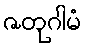
ဇတုဂါမံ